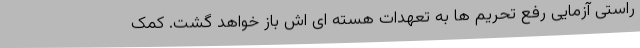
راستی آزمایی رفع تحریم ها به تعهدات هسته ای اش باز خواهد گشت. کمک